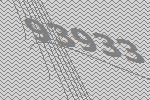
93933